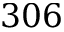
3 0 6